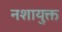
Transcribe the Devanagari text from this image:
नशायुक्त